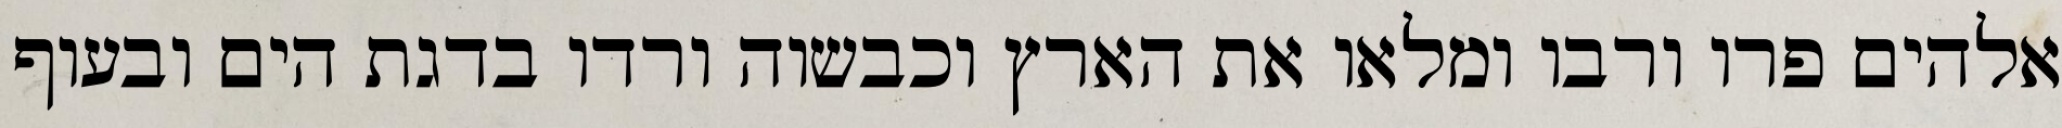
אלהים פרו ורבו ומלאו את הארץ וכבשוה ורדו בדגת הים ובעוף